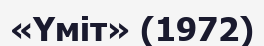
«Үміт» (1972)